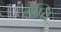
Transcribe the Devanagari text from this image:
लेप्ति